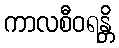
ကာလစီဝရန္တိ